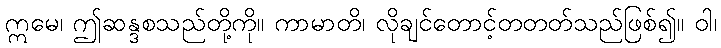
ဣမေ၊ ဤဆန္ဒစသည်တို့ကို။ ကာမာတိ၊ လိုချင်တောင့်တတတ်သည်ဖြစ်၍။ ဝါ၊